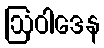
ဩဝါဒေန